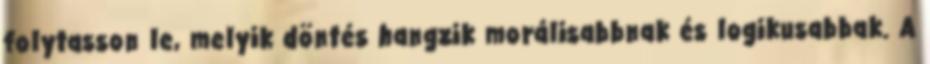
folytasson le, melyik döntés hangzik morálisabbnak és logikusabbak. A